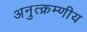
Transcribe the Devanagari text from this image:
अनुत्क्रम्णीय